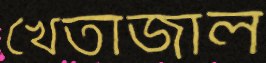
খেতাজাল